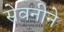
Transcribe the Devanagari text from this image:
सेवनीने